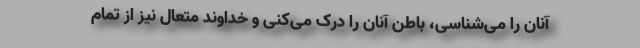
آنان را می‌شناسی، باطن آنان را درک می‌کنی و خداوند متعال نیز از تمام